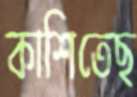
কাশিতেছ